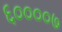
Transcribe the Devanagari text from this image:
६००००७